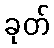
ခုတ်